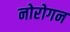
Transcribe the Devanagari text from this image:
नोरोगन